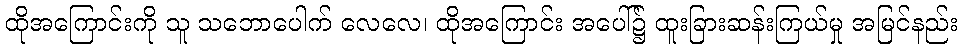
ထိုအကြောင်းကို သူ သဘောပေါက် လေလေ၊ ထိုအကြောင်း အပေါ်၌ ထူးခြားဆန်းကြယ်မှု အမြင်နည်း